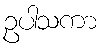
ဥပါသကာ